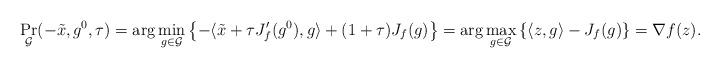
LaTeX: \begin{align*}\Pr_{{\cal G}} (-\tilde x,g^0, \tau) &= \arg\min\limits_{g \in {\cal G}} \left\{-\langle \tilde x + \tau J_f'(g^0), g \rangle + (1 + \tau) J_f(g)\right\} = \arg\max\limits _{g \in {\cal G}} \left\{ \langle z, g \rangle - J_f(g) \right\} = \nabla f(z).\end{align*}